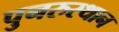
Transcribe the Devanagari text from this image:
पुनरुस्थान